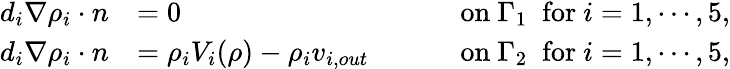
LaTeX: \begin{array}{rlrl}{d_{i}\nabla\rho_{i}\cdot n}&{=0}&{\quad}&{\mathrm{~on~}\Gamma_{1}\; \mathrm{~for~}i=1,\cdots,5,}\\ {d_{i}\nabla\rho_{i}\cdot n}&{=\rho_{i}V_{i}(\rho)-\rho_{i}v_{i,out}}&{\quad}&{\mathrm{~on~}\Gamma_{2}\; \mathrm{~for~}i=1,\cdots,5,}\end{array}